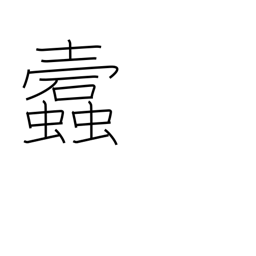
Meaning: worm-eaten